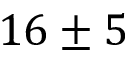
1 6 \pm 5